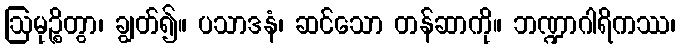
ဩမုဉ္စိတွာ၊ ချွတ်၍။ ပသာဒနံ၊ ဆင်သော တန်ဆာကို။ ဘဏ္ဍာဂါရိကဿ၊